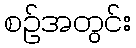
စဉ်အတွင်း